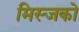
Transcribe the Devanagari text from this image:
मिस्जको